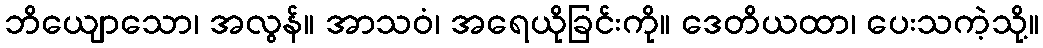
ဘိယျောသော၊ အလွန်။ အာသဝံ၊ အရေယိုခြင်းကို။ ဒေတိယထာ၊ ပေးသကဲ့သို့။